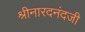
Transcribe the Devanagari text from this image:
श्रीनारदनंदजी